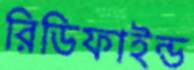
রিডিফাইন্ড